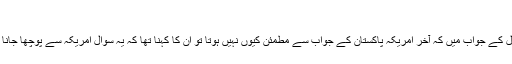
‘
اس سوال کے جواب میں کہ آخر امریکہ پاکستان کے جواب سے مطمئن کیوں نہیں ہوتا تو ان کا کہنا تھا کہ یہ سوال امریکہ سے پوچھا جانا چاہیے۔